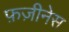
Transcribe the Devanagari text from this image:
फ़ज़ीनेस